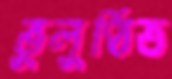
ভুলুণ্ঠিত